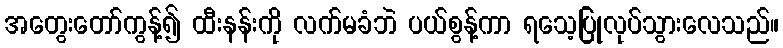
အတွေးတော်ကွန့်၍ ထီးနန်းကို လက်မခံဘဲ ပယ်စွန့်ကာ ရသေ့ပြုလုပ်သွားလေသည်။